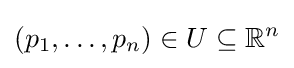
(p_{1},\ldots ,p_{n})\in U\subseteq \mathbb {R} ^{n}